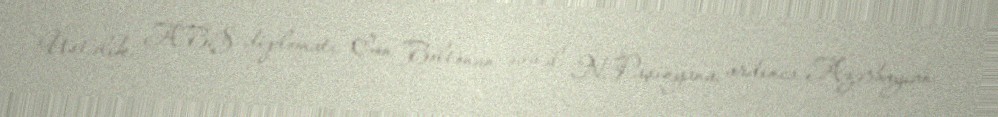
Üstəlik, ABŞ diplomatı Con Boltonun əvvəl N.Paşinyana, ardınca Azərbaycan